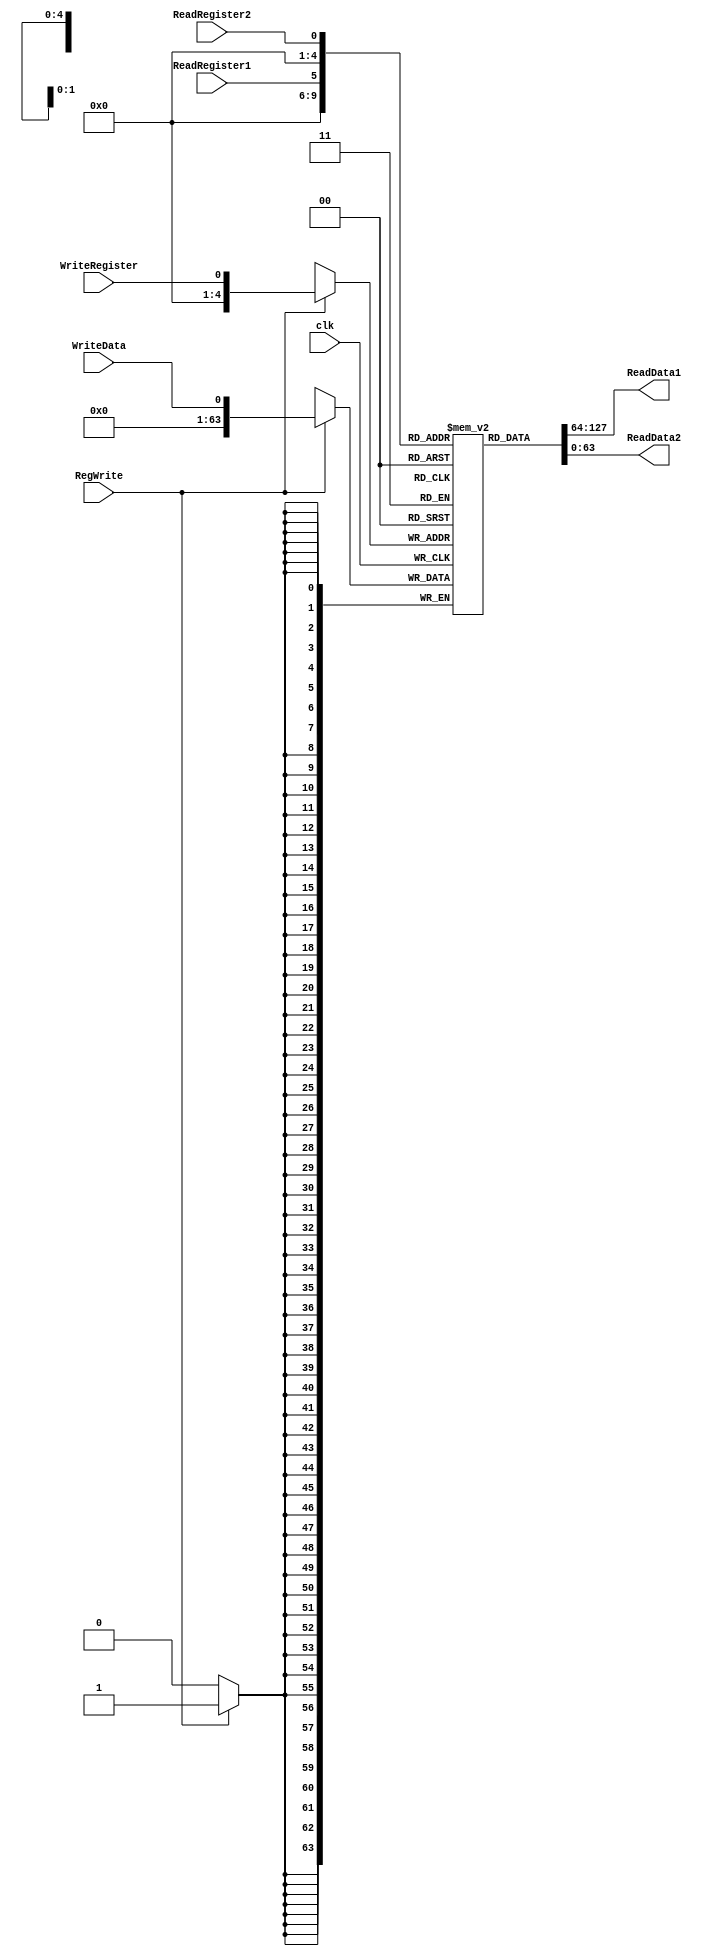
module regBank(clk, ReadRegister1, ReadRegister2, WriteRegister, WriteData, RegWrite, ReadData1, ReadData2);

 input clk,ReadRegister1,ReadRegister2,WriteRegister,WriteData,RegWrite;
 
 output [63:0]ReadData1;
 output [63:0]ReadData2;

 integer i =0;
 reg [63:0]registers[0:31];
parameter delay = 5;

initial begin
        //two number for add	
		registers[1] <= 64'h000000001; 
		registers[2] <= 64'h000000011;

end
 
 always@(posedge clk)
  begin
   begin
    if (RegWrite)
     registers[WriteRegister] <= WriteData;
   end
  end


 assign #delay ReadData1 = registers[ReadRegister1];
 assign #delay ReadData2 = registers[ReadRegister2];

endmodule